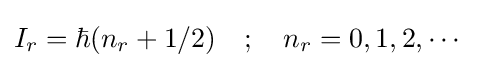
I_{r}=\hbar (n_{r}+1/2)\quad ;\quad n_{r}=0,1,2,\cdots